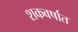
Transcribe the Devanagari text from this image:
शकवर्षात